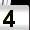
Digit: 4